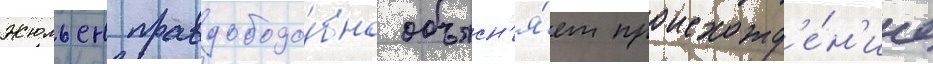
Жюльен правдоподо́бно объясн'я́ет происхожд'е́н'ие